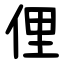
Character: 俚